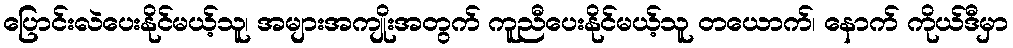
ပြောင်းလဲပေးနိုင်မယ့်သူ၊ အများအကျိုးအတွက် ကူညီပေးနိုင်မယ့်သူ တယောက်၊ နောက် ကိုယ်ဒီမှာ